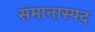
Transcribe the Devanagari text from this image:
संमानास्पद